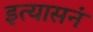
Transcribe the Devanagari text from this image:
इत्यासनं